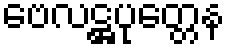
ဗေလဋ္ဌပုတ္တေန